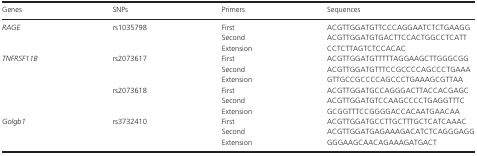
| Genes | SNPs | Primers | Sequences |
 | --- | --- | --- | --- |
 | <ROWSPAN=3> RAGE | <ROWSPAN=3> rs1035798 | First | ACGTTGGATGTTCCCAGGAATCTCTGAAGG |
 | Second | ACGTTGGATGTGACTTCCACTGGCCTCATT |
 | Extension | CCTCTTAGTCTCCACAC |
 | <ROWSPAN=6> TNFRSF11B | <ROWSPAN=3> rs2073617 | First | ACGTTGGATGTTTTTAGGAAGCTTGGGCGG |
 | Second | ACGTTGGATGTTTCCGCCCCAGCCCTGAAA |
 | Extension | GTTGCCGCCCCAGCCCTGAAAGCGTTAA |
 | <ROWSPAN=3> rs2073618 | First | ACGTTGGATGCCAGGGACTTACCACGAGC |
 | Second | ACGTTGGATGTCCAAGCCCCTGAGGTTTC |
 | Extension | GCGGTTTCCGGGGACCACAATGAACAA |
 | <ROWSPAN=3> Golgb1 | <ROWSPAN=3> rs3732410 | First | ACGTTGGATGCCTTGCTTTGCTCATCAAAC |
 | Second | ACGTTGGATGAGAAAGACATCTCAGGGAGG |
 | Extension | GGGAAGCAACAGAAAGATGACT |